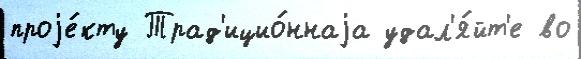
проjе́кту Трад'ицио́ннаjа удал'я́йт'е во